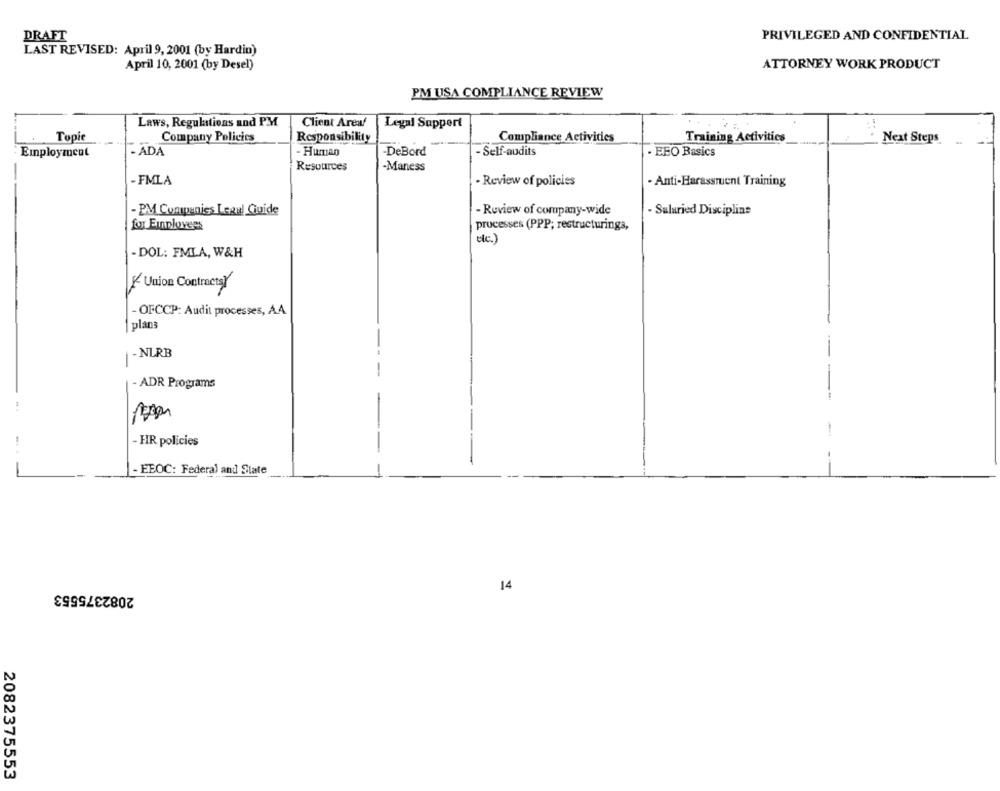
DRAFT
PRIVILEGED AND CONFIDENTIAL
LAST REVISED: April 9, 2001 (by Hardin)
April 10, 2001 (by Desel)
ATTORNEY WORK PRODUCT
PM USA COMPLIANCE REVIEW
Laws, Regulations and PM
Client Areaf
Legal Support
Topie
Company Policies
Responsibility
Compliance Activities
Training Activities
Next Steps
- Human
Employment
- ADA
-DeBord
- Self-audits
EEO Basics
Resources
-Maness
-
- FMLA
· Review of policies
- Anti-Harassment Training
- PM Companies Legal Guide
- Review of company-wide
- Salaried Discipline
for Einplovees
processes (PPP; restructuringa,
- DOL: FMLA, W&H
Union ContractsY
- OFCCP: Audit processes, A.A
plans
-NLRB
-
- ADR Programs
- HR policies
- EEOC: Federal and State
14
2082375553
2082375553